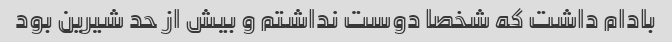
بادام داشت که شخصا دوست نداشتم و بیش از حد شیرین بود